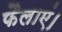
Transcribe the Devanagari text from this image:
फैलाएं।